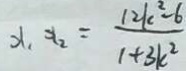
x _ { 1 } x _ { 2 } = \frac { 1 2 k c ^ { 2 } - 6 } { 1 + 3 k ^ { 2 } }